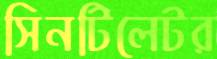
সিনটিলেটর